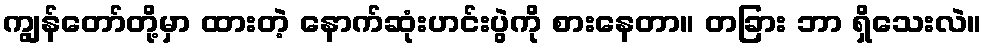
ကျွန်တော်တို့မှာ ထားတဲ့ နောက်ဆုံးဟင်းပွဲကို စားနေတာ။ တခြား ဘာ ရှိသေးလဲ။